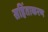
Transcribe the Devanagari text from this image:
सहिंताकरण